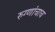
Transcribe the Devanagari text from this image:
रुग्णांचाच